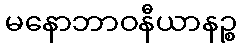
မနောဘာဝနီယာနဉ္စ